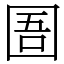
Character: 圄